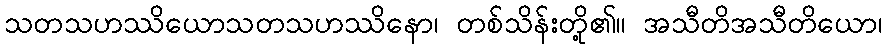
သတသဟဿိယောသတသဟဿိနော၊ တစ်သိန်းတို့၏။ အသီတိအသီတိယော၊